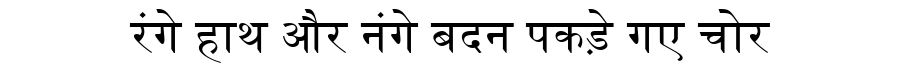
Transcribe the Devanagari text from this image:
रंगे हाथ और नंगे बदन पकड़े गए चोर